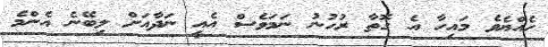
ހެއްޔެވެ މައިހާ އެ ގޮތާ ރުހުނު ނަމަވެސް އެއީ ނަދާއަށް ލިބޭނެ އެންމެ